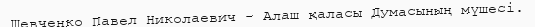
Шевченко Павел Николаевич - Алаш қаласы Думасының мүшесі.